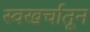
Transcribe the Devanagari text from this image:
स्वखर्चातून